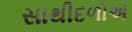
સાથીદળોએ